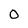
Character: 0